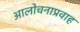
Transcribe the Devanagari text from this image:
आलोचनाप्रवाह